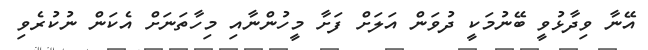
އޭނާ ވިދާޅުވީ ބޭނުމަކީ ދުވަން އަލަށް ފަށާ މީހުންނާއި މިހާތަނަށް އެކަން ނުކުރެވި